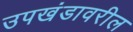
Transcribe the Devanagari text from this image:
उपखंडावरील